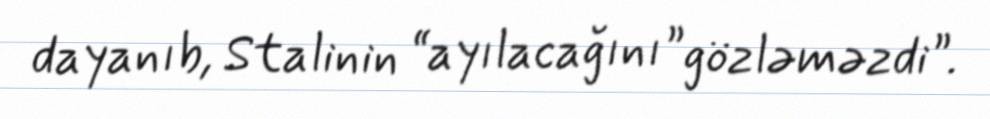
dayanıb, Stalinin “ayılacağını” gözləməzdi”.